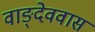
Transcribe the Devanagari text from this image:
वाङ्देववास